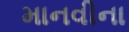
માનવીના